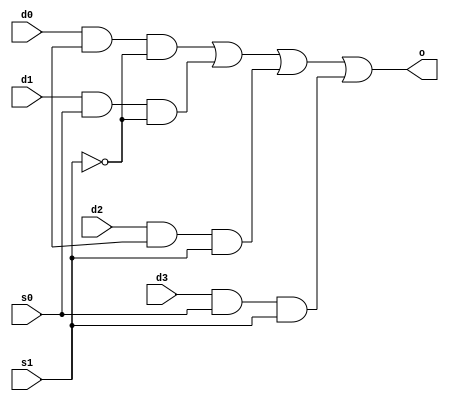
//Name : Jidnyasa Dhavale
//Programming assignment 1
// mux4x1 


module MuxMod(s1, s0, d0, d1, d2, d3, o);		//input output ports
   input s1,s0, d0, d1, d2, d3;
   output o;

   wire s1_inv,s0_inv, and0, and1,and2,and3;   // additional  wires

   not(s1_inv, s1);                            //using built in gates
   assign and0=d0 & s0_inv & s1_inv;   
   assign and1=d1 & s0 & s1_inv;       
   assign and2=d2 & s0_inv & s1 ;
   assign and3=d3 & s0 & s1;
   assign o=and0 | and1 | and2 | and3 ;
  
endmodule

module TestMod;									// module to test-run
   reg s1, s0, d0, d1, d2, d3;
   wire o;

   MuxMod my_mux(s1, s0, d0, d1, d2, d3, o);



   initial begin
      $display("\tTime\ts1\ts0\td0\td1\td2\td3\to");
      $display("-----------------------------------------------------------------------");
      $monitor("\t%0d\t%b\t%b\t%b\t%b\t%b\t%b\t%b", $time, s1, s0, d0, d1, d2, d3, o);	// use $monitor
   end

   initial begin
   
      s1= 0; s0 = 0; d0 = 0; d1 = 0; d2 = 0; d3 = 0;	// using bit pattern counting
	  #1;
	  s1= 0; s0 = 0; d0 = 0; d1 = 0; d2 = 0; d3 = 1;
	  #1;
	  s1= 0; s0 = 0; d0 = 0; d1 = 0; d2 = 1; d3 = 0;
	  #1;
	  s1= 0; s0 = 0; d0 = 0; d1 = 0; d2 = 1; d3 = 1;
	  #1;
	  s1= 0; s0 = 0; d0 = 0; d1 = 1; d2 = 0; d3 = 0;
	  #1;
	  s1= 0; s0 = 0; d0 = 0; d1 = 1; d2 = 0; d3 = 1;
	  #1;
	  s1= 0; s0 = 0; d0 = 0; d1 = 1; d2 = 1; d3 = 0;
	  #1;
	  s1= 0; s0 = 0; d0 = 0; d1 = 1; d2 = 1; d3 = 1;
	  #1;
	  s1= 0; s0 = 0; d0 = 1; d1 = 0; d2 = 0; d3 = 0;
	  #1;
	  s1= 0; s0 = 0; d0 = 1; d1 = 0; d2 = 0; d3 = 1;
	  #1;
	  s1= 0; s0 = 0; d0 = 1; d1 = 0; d2 = 1; d3 = 0;
	  #1;
	  s1= 0; s0 = 0; d0 = 1; d1 = 0; d2 = 1; d3 = 1;
	  #1;
	  s1= 0; s0 = 0; d0 = 1; d1 = 1; d2 = 0; d3 = 0;
	  #1;
	  s1= 0; s0 = 0; d0 = 1; d1 = 1; d2 = 0; d3 = 1;
	  #1;
	  s1= 0; s0 = 0; d0 = 1; d1 = 1; d2 = 1; d3 = 0;
	  #1;
	  s1= 0; s0 = 0; d0 = 1; d1 = 1; d2 = 1; d3 = 1;
	  #1;


	  s1= 0; s0 = 1; d0 = 0; d1 = 0; d2 = 0; d3 = 0;
	  #1;
	  s1= 0; s0 = 1; d0 = 0; d1 = 0; d2 = 0; d3 = 1;
	  #1;
	  s1= 0; s0 = 1; d0 = 0; d1 = 0; d2 = 1; d3 = 0;
	  #1;
	  s1= 0; s0 = 1; d0 = 0; d1 = 0; d2 = 1; d3 = 1;
	  #1;
	  s1= 0; s0 = 1; d0 = 0; d1 = 1; d2 = 0; d3 = 0;
	  #1;
	  s1= 0; s0 = 1; d0 = 0; d1 = 1; d2 = 0; d3 = 1;
	  #1;
	  s1= 0; s0 = 1; d0 = 0; d1 = 1; d2 = 1; d3 = 0;
	  #1;
	  s1= 0; s0 = 1; d0 = 0; d1 = 1; d2 = 1; d3 = 1;
	  #1;
	  s1= 0; s0 = 1; d0 = 1; d1 = 0; d2 = 0; d3 = 0;
	  #1;
	  s1= 0; s0 = 1; d0 = 1; d1 = 0; d2 = 0; d3 = 1;
	  #1;
	  s1= 0; s0 = 1; d0 = 1; d1 = 0; d2 = 1; d3 = 0;
	  #1;
	  s1= 0; s0 = 1; d0 = 1; d1 = 0; d2 = 1; d3 = 1;
	  #1;
	  s1= 0; s0 = 1; d0 = 1; d1 = 1; d2 = 0; d3 = 0;
	  #1;
	  s1= 0; s0 = 1; d0 = 1; d1 = 1; d2 = 0; d3 = 1;
	  #1;
	  s1= 0; s0 = 1; d0 = 1; d1 = 1; d2 = 1; d3 = 0;
	  #1;
	  s1= 0; s0 = 1; d0 = 1; d1 = 1; d2 = 1; d3 = 1;
	  #1;
	  
	  
	  s1= 1; s0 = 0; d0 = 0; d1 = 0; d2 = 0; d3 = 0;
	  #1;
	  s1= 1; s0 = 0; d0 = 0; d1 = 0; d2 = 0; d3 = 1;
	  #1;
	  s1= 1; s0 = 0; d0 = 0; d1 = 0; d2 = 1; d3 = 0;
	  #1;
	  s1= 1; s0 = 0; d0 = 0; d1 = 0; d2 = 1; d3 = 1;
	  #1;
	  s1= 1; s0 = 0; d0 = 0; d1 = 1; d2 = 0; d3 = 0;
	  #1;
	  s1= 1; s0 = 0; d0 = 0; d1 = 1; d2 = 0; d3 = 1;
	  #1;
	  s1= 1; s0 = 0; d0 = 0; d1 = 1; d2 = 1; d3 = 0;
	  #1;
	  s1= 1; s0 = 0; d0 = 0; d1 = 1; d2 = 1; d3 = 1;
	  #1;
	  s1= 1; s0 = 0; d0 = 1; d1 = 0; d2 = 0; d3 = 0;
	  #1;
	  s1= 1; s0 = 0; d0 = 1; d1 = 0; d2 = 0; d3 = 1;
	  #1;
	  s1= 1; s0 = 0; d0 = 1; d1 = 0; d2 = 1; d3 = 0;
	  #1;
	  s1= 1; s0 = 0; d0 = 1; d1 = 0; d2 = 1; d3 = 1;
	  #1;
	  s1= 1; s0 = 0; d0 = 1; d1 = 1; d2 = 0; d3 = 0;
	  #1;
	  s1= 1; s0 = 0; d0 = 1; d1 = 1; d2 = 0; d3 = 1;
	  #1;
	  s1= 1; s0 = 0; d0 = 1; d1 = 1; d2 = 1; d3 = 0;
	  #1;
	  s1= 1; s0 = 0; d0 = 1; d1 = 1; d2 = 1; d3 = 1;
	  #1;



	  s1= 1; s0 = 1; d0 = 0; d1 = 0; d2 = 0; d3 = 0;
	  #1;
	  s1= 1; s0 = 1; d0 = 0; d1 = 0; d2 = 0; d3 = 1;
	  #1;
	  s1= 1; s0 = 1; d0 = 0; d1 = 0; d2 = 1; d3 = 0;
	  #1;
	  s1= 1; s0 = 1; d0 = 0; d1 = 0; d2 = 1; d3 = 1;
	  #1;
	  s1= 1; s0 = 1; d0 = 0; d1 = 1; d2 = 0; d3 = 0;
	  #1;
	  s1= 1; s0 = 1; d0 = 0; d1 = 1; d2 = 0; d3 = 1;
	  #1;
	  s1= 1; s0 = 1; d0 = 0; d1 = 1; d2 = 1; d3 = 0;
	  #1;
	  s1= 1; s0 = 1; d0 = 0; d1 = 1; d2 = 1; d3 = 1;
	  #1;
	  s1= 1; s0 = 1; d0 = 1; d1 = 0; d2 = 0; d3 = 0;
	  #1;
	  s1= 1; s0 = 1; d0 = 1; d1 = 0; d2 = 0; d3 = 1;
	  #1;
	  s1= 1; s0 = 1; d0 = 1; d1 = 0; d2 = 1; d3 = 0;
	  #1;
	  s1= 1; s0 = 1; d0 = 1; d1 = 0; d2 = 1; d3 = 1;
	  #1;
	  s1= 1; s0 = 1; d0 = 1; d1 = 1; d2 = 0; d3 = 0;
	  #1;
	  s1= 1; s0 = 1; d0 = 1; d1 = 1; d2 = 0; d3 = 1;
	  #1;
	  s1= 1; s0 = 1; d0 = 1; d1 = 1; d2 = 1; d3 = 0;
	  #1;
	  s1= 1; s0 = 1; d0 = 1; d1 = 1; d2 = 1; d3 = 1;
	  #1;
    
   end
endmodule